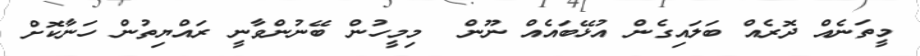
މީތަނެއް ދޮރެއް ބަލައިގެން އުޅޭބައެއް ނޫން  މިމީހުން ބޭނުންވާނީ ރައްޔިތުން ހަނާކޮށް